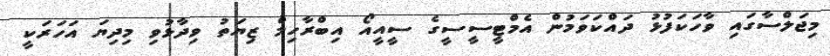
މިޖަލްސާގައި ވާހަކަފުޅު ދައްކަވަމުން އެމްޓީސީސީގެ ސީއީއޯ އިބްރާހިމް ޒިޔަތު ވިދާޅުވި މިދިޔަ އަހަރަކީ